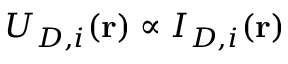
U _ { D , i } ( \mathbf { r } ) \propto I _ { D , i } ( \mathbf { r } )